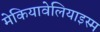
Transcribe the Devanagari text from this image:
मेकियावेलियाइस्म